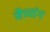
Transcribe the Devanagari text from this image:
नैच्यांग